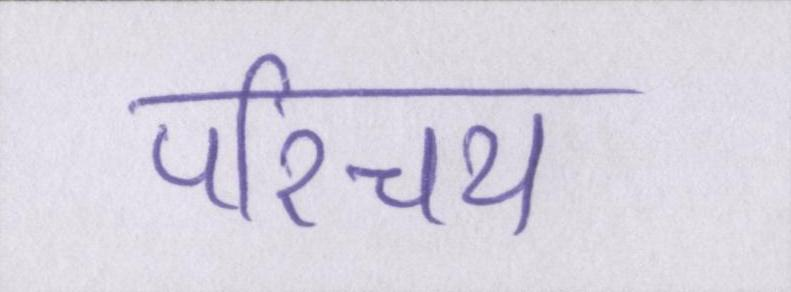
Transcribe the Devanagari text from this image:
परिचय